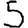
Digit: 5